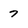
Character: 7